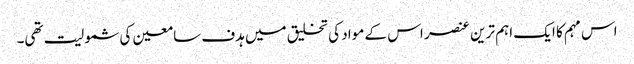
اس مہم کا ایک اہم ترین عنصر اس کے مواد کی تخلیق میں ہدف سامعین کی شمولیت تھی۔